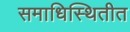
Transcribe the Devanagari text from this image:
समाधिस्थितीत